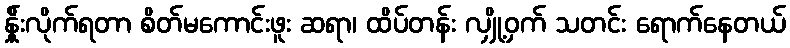
န်ှိုးလိုက်ရတာ စိတ်မကောင်းဖူး ဆရာ၊ ထိပ်တန်း လျှို့ဝှက် သတင်း ရောက်နေတယ်